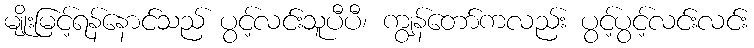
မျိုးမြင့်ရန်နောင်သည် ပွင့်လင်းသူပီပီ၊ ကျွန်တော်ကလည်း ပွင့်ပွင့်လင်းလင်း